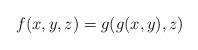
LaTeX: \begin{align*}f(x,y,z) = g(g(x,y),z)\end{align*}